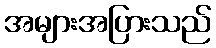
အများအပြားသည်